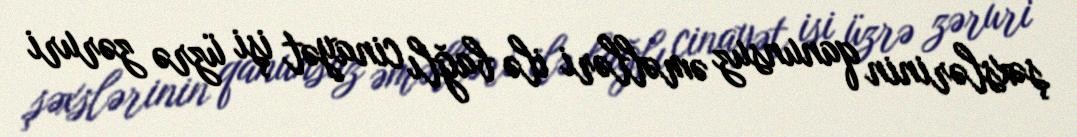
şəxslərinin qanunsuz əməlləri ilə bağlı cinayət işi üzrə zəruri